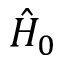
\hat { H } _ { 0 }